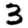
Digit: 3